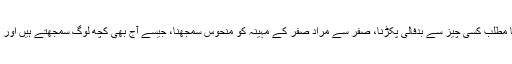
(عدوی سے مراد کسی بیماری کا متعدی (اچھوت) ہونا، طیرۃکا مطلب کسی چیز سے بدفالی پکڑنا، صفر سے مراد صفر کے مہینہ کو منحوس سمجھنا، جیسے آج بھی کچھ لوگ سمجھتے ہیں اور ھامہ سے مراد اُلّو ہے کہ جسے عرب منحوس سمجھتے تھے )۔